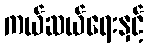
ကယ်ဆယ်ရေးနှင့်